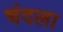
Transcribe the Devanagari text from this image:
चंदला